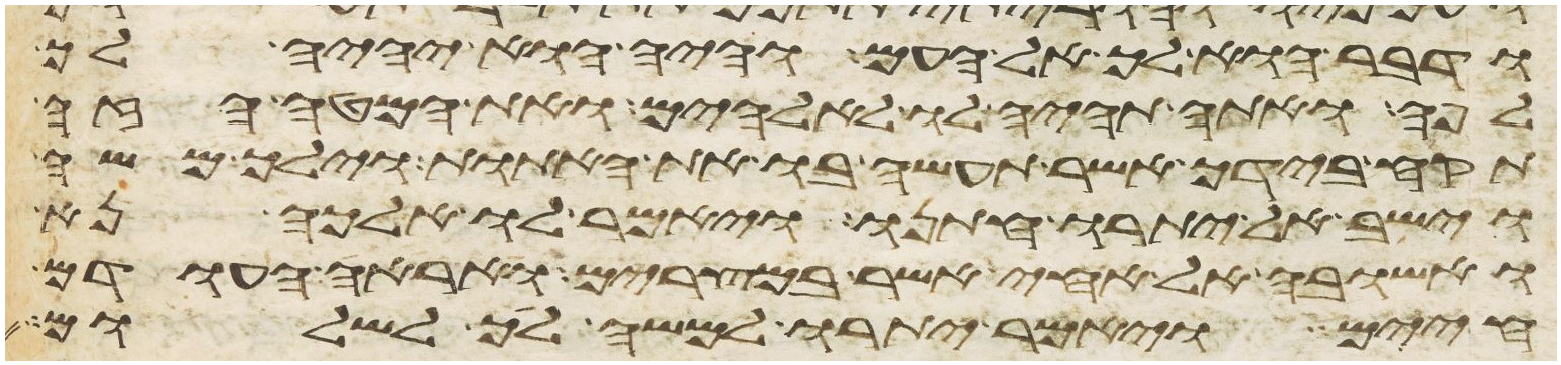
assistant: ודבר הוא לך אל העם והיה הוא יהיה לך
לפה ואתה תהיה לו לאלהים ואת המטה הזה
תקח בידך אשר תעשה בו את האתות וילך משה
וישב אל יתרו חתנו ויאמר לו אלכה נא
ואשובה אל אחי אשר במצרים ואראה העודם
חיים ויאמר יתרו למשה לך לשלום